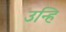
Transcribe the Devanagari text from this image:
उन्हि